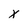
Character: x